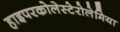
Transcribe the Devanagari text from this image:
हाइपरकोलेस्टेरोलेमिया